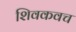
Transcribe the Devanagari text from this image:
शिवकवच